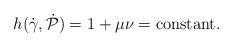
LaTeX: \begin{align*}h(\dot\gamma,\dot{\mathcal P})=1+\mu\nu=\textrm{constant}.\end{align*}